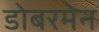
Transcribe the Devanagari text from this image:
डोबरमेन